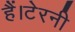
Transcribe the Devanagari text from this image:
हैं।टेरनी